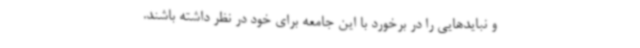
و نبایدهایی را در برخورد با این جامعه برای خود در نظر داشته باشند.